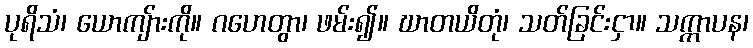
ပုရိသံ၊ ယောကျ်ားကို။ ဂဟေတွာ၊ ဖမ်း၍။ ဃာတယိတုံ၊ သတ်ခြင်းငှာ။ သက္ကာပန၊